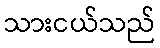
သားငယ်သည်